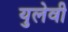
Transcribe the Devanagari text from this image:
युलेवी